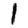
Digit: 1